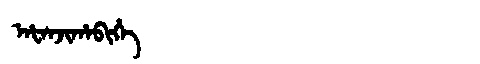
Manchu: ᠠᡶᠠᠨᠵᡳᡥᠠᠪᡳᡥᡝ
Romanization: AFANJIHABIHE